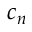
c _ { n }